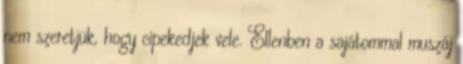
nem szeretjük, hogy cipekedjek vele. Ellenben a sajátommal muszáj